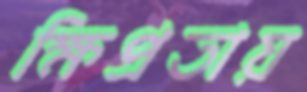
ক্ষিপ্রতায়